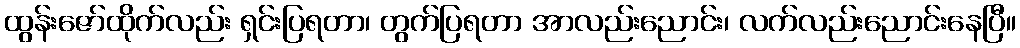
ထွန်းဇော်ထိုက်လည်း ရှင်းပြရတာ၊ တွက်ပြရတာ အာလည်းညောင်း၊ လက်လည်းညောင်းနေပြီ။